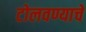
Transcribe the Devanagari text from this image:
टोलवण्याचे